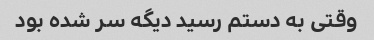
وقتی به دستم رسید دیگه سر شده بود